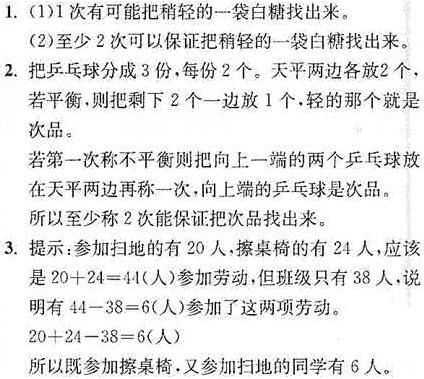
1. (1)1次有可能把稍轻的一袋白糖找出来。
(2)至少2次可以保证把稍轻的一袋白糖找出来。
2. 把乒乓球分成3份，每份2个。天平两边各放2个，若平衡，则把剩下2个一边放1个，轻的那个就是次品。若第一次称不平衡则把向上一端的两个乒乓球放在天平两边再称一次，向上端的乒乓球是次品。所以至少2次能保证把次品找出来。
3. 提示：参加扫地的有20人，擦桌椅的有24人，应该是$20 + 24 = 44$(人)参加劳动，但班级只有38人，说明有$44 - 38 = 6$(人)参加了这两项劳动。$20 + 24 - 38 = 6$(人)所以既参加擦桌椅，又参加扫地的同学有6人。